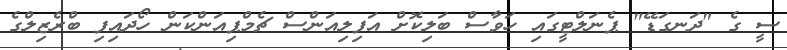
ސީ ގެ "ދަނގަޑޭ" ޕެނަލްޓީގައި ހަވާސް ބަލިކޮށް އަފިލިއަންސް ޗެމްޕިއަންކަން ހޯދައިފި ބްރެޒިލްގެ